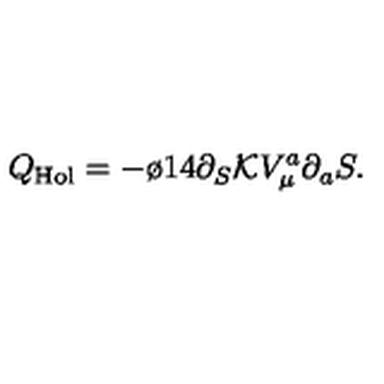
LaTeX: Q _ { \mathrm { H o l } } = - \o { 1 } { 4 } \partial _ { S } { \cal K } V _ { \mu } ^ { a } \partial _ { a } S .